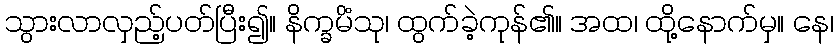
သွားလာလှည့်ပတ်ပြီး၍။ နိက္ခမိံသု၊ ထွက်ခဲ့ကုန်၏။ အထ၊ ထို့နောက်မှ။ နေ၊